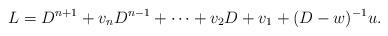
LaTeX: \begin{align*}L = D^{n+1} + v_n D^{n-1} + \cdots + v_2 D + v_1 + (D-w)^{-1}u.\end{align*}